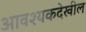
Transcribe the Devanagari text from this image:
आवश्यकदेखील